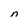
Character: n